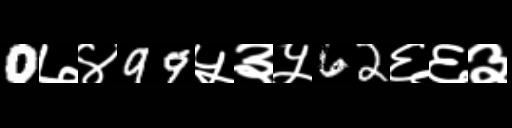
Text: 0७४99५३५62६६३